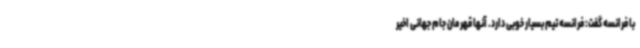
با فرانسه گفت: فرانسه تیم بسیار خوبی دارد. آنها قهرمان جام جهانی اخیر